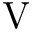
\mathrm { V }